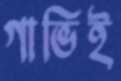
গাভিই